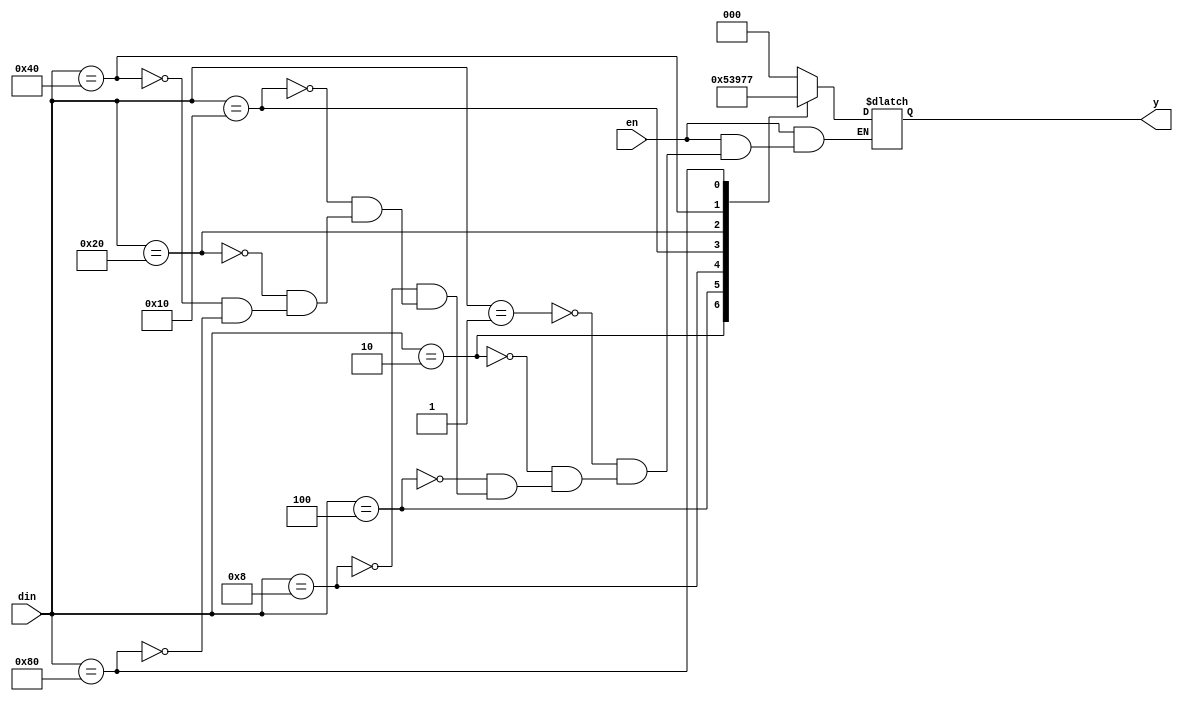
`timescale 1ns / 1ps
//////////////////////////////////////////////////////////////////////////////////
// Company: 
// Engineer: 
// 
// Design Name: 
// Module Name:    encoder 
// Project Name: 
// Target Devices: 
// Tool versions: 
// Description: 
//
// Dependencies: 
//
// Revision: 
// Revision 0.01 - File Created
// Additional Comments: 
//
//////////////////////////////////////////////////////////////////////////////////
module encoder(din,y,en);
input[7:0]din;
input en;
output[2:0]y;
reg [2:0]y;
always@(en,din)
begin
if(en==0)
y=3'bzzz;
else
casex(din)
8'b00000001:y=3'b000;
8'b00000010:y=3'b001;
8'b00000100:y=3'b010;
8'b00001000:y=3'b011;
8'b00010000:y=3'b100;
8'b00100000:y=3'b101;
8'b01000000:y=3'b110;
8'b10000000:y=3'b111;
endcase
end
endmodule